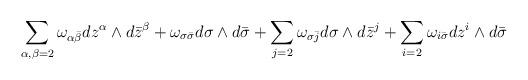
LaTeX: \begin{align*}\sum_{\alpha,\beta=2}\omega_{\alpha\bar \beta}dz^\alpha\wedge d\bar z^{ \beta}+\omega_{\sigma\bar\sigma}d\sigma\wedge d\bar \sigma+\sum_{j=2}\omega_{\sigma\bar j}d\sigma\wedge d\bar z^{ j}+\sum_{i=2}\omega_{i\bar \sigma}dz^i\wedge d\bar \sigma\end{align*}